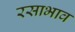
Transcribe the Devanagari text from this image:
रसाभाव